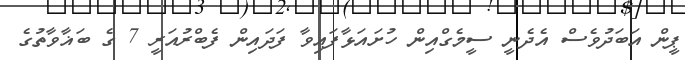
ޕީން އަބަދުވެސް އެދެނީ ސީމެގްއިން ހުށައަޅާފައިވާ ފަދައިން ފެބްރުއަރީ 7 ގެ ބަޣާވާތުގެ